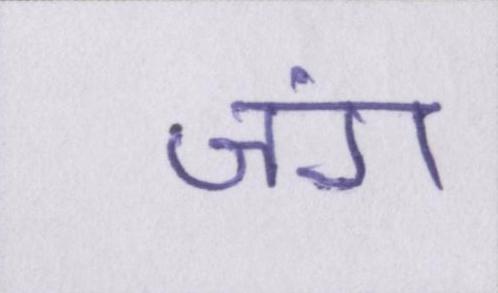
जंग